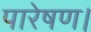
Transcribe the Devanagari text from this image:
पारेषण।